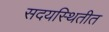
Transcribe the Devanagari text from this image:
सदयस्थितीत